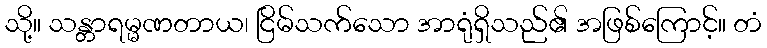
သို့။ သန္တာရမ္မဏတာယ၊ ငြိမ်သက်သော အာရုံရှိသည်၏ အဖြစ်ကြောင့်။ တံ